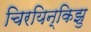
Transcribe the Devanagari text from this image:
चिरयिन्किझु